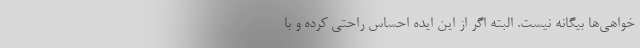
خواهی‌ها بیگانه نیست. البته اگر از این ایده احساس راحتی کرده و با